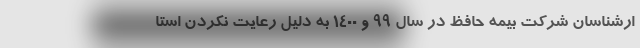
ارشناسان شرکت بیمه حافظ در سال ۹۹ و ۱۴۰۰ به دلیل رعایت نکردن استا